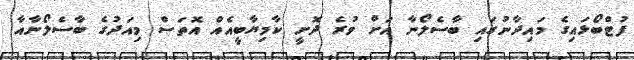
ފުޓްބޯޅައިގެ މައިދާނުގައި ބާސެލޯނާ އަށް ވުރެ ދޮށީ ކާމިޔާބީއެއް އޮތަސް މިއަދުގެ ބާސެލޯނާއާ